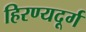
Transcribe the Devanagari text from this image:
हिरण्यदूर्ग